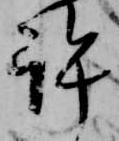
許